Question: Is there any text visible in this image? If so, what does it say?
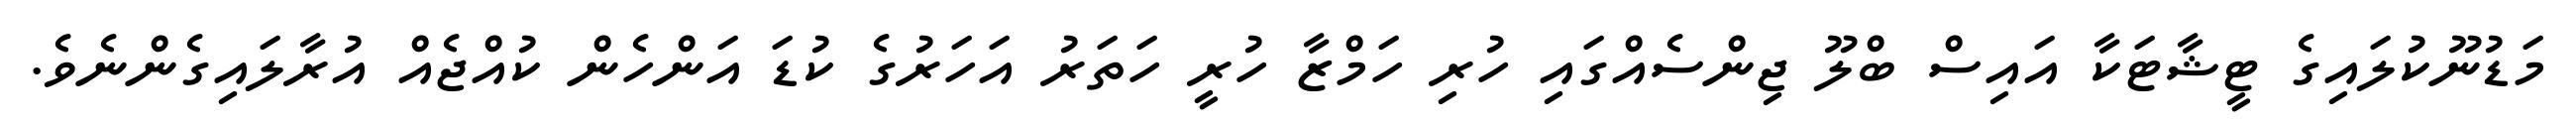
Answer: މަޑުނޫކުލައިގެ ޓީޝާޓަކާ އައިސް ބްލޫ ޖިންސެއްގައި ހުރި ހަމްޒާ ހުރީ ހަތަރު އަހަރުގެ ކުޑަ އަންހެން ކުއްޖެއް އުރާލައިގެންނެވެ.